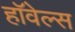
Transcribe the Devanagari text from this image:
हॉवेल्स